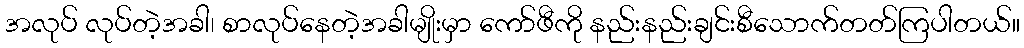
အလုပ် လုပ်တဲ့အခါ၊ စာလုပ်နေတဲ့အခါမျိုးမှာ ကော်ဖီကို နည်းနည်းချင်းစီသောက်တတ်ကြပါတယ်။